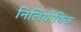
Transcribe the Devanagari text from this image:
निलियोथिक